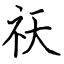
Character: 祆